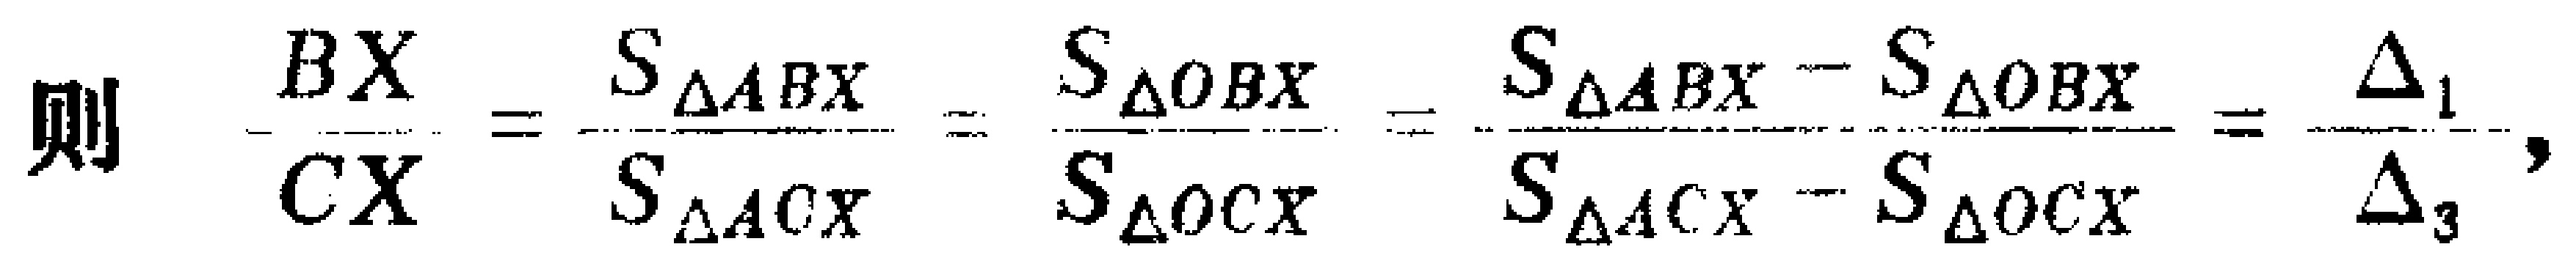
则 \(\frac{BX}{CX}=\frac{S_{\triangle ABX}}{S_{\triangle ACX}}=\frac{S_{\triangle OBX}}{S_{\triangle OCX}}=\frac{S_{\triangle ABX}-S_{\triangle OBX}}{S_{\triangle ACX}-S_{\triangle OCX}}=\frac{\Delta_1}{\Delta_3}\)，